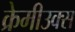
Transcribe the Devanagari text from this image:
क्रेमीउक्स